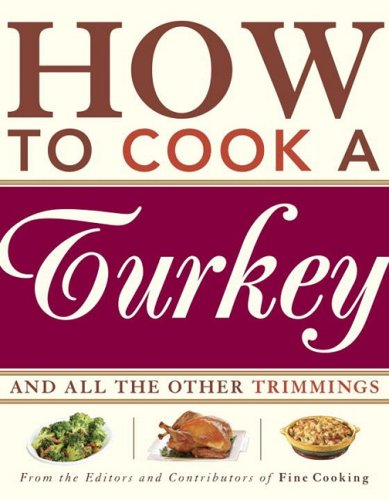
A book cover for How to Cook a Turkey: And All the Other Trimmings; Cookbooks, Food & Wine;